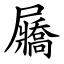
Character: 屫